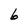
Character: 6